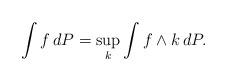
LaTeX: \begin{align*}\int f\,dP=\sup_k\int f\wedge k\,dP.\end{align*}